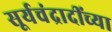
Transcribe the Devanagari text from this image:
सूर्यचंद्रादींच्या